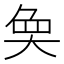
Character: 𭑏